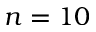
n = 1 0